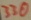
Text: 330